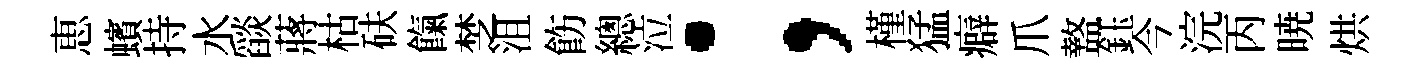
恵蠙持水𦦨蔣枯砆餼椘沮飭總泣；槿猛癖爪盩鈺今浣丙暁烘